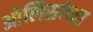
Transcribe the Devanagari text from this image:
ओलिसांच्या